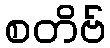
စတိဗ်